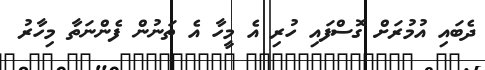
ދެބައި އުމުރަށް ގޮސްފައި ހުރި އެ މީހާ އެ ތަނުން ފެންނަތާ މިހާރު